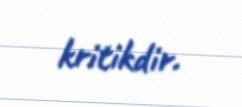
kritikdir.